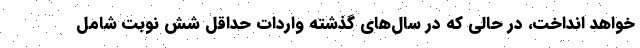
خواهد انداخت، در حالی که در سال‌های گذشته واردات حداقل شش نوبت شامل